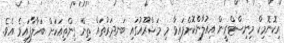
އިކޮނޮމިކް މިނިސްޓްރީން އިއުލާންކޮށްފައިވާ މި މަޝްރޫއުގައި ބަނދަރުތައް ތިން ގިންތިއަކަށް ބަހާލާފައިވެ އެވެ.